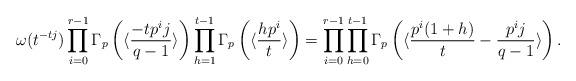
LaTeX: \begin{align*}\omega(t^{-tj})\prod_{i=0}^{r-1}\Gamma_p\left(\langle\frac{-tp^ij}{q-1}\rangle\right)\prod_{h=1}^{t-1}\Gamma_p\left(\langle \frac{hp^i}{t}\rangle\right)=\prod_{i=0}^{r-1}\prod_{h=0}^{t-1}\Gamma_p\left(\langle\frac{p^i(1+h)}{t}-\frac{p^ij}{q-1}\rangle \right).\end{align*}